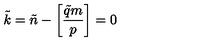
\tilde { k } = \tilde { n } - \left[ { \frac { \tilde { q } m } { p } } \right] = 0